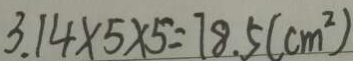
3 . 1 4 \times 5 \times 5 = 7 8 . 5 ( c m ^ { 2 } )